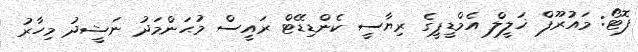
ފޮޓޯ: މައުރޫފް ޚަލީލް އެމްޑީޕީގެ ރިޔާސީ ކެންޑިޑޭޓް ރައީސް މުޙަންމަދު ނަޝީދު މިހާރު